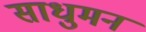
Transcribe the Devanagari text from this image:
साधुमन